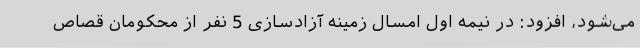
می‌شود، افزود: در نیمه اول امسال زمینه آزادسازی 5 نفر از محکومان قصاص